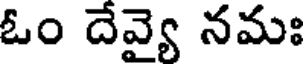
ఓం దేవ్యై నమః